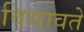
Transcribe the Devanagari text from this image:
विसावते